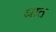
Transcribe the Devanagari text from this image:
स्रात